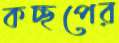
কচ্ছপের